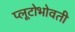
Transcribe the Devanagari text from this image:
प्लूटोभोवती